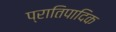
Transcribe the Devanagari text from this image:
प्रातिपादिक